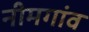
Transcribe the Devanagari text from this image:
नीमगांव